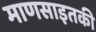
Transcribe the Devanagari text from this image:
माणसाइतकी